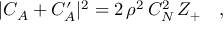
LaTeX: | C _ { A } + C _ { A } ^ { \prime } | ^ { 2 } = 2 \, \rho ^ { 2 } \, C _ { N } ^ { 2 } \, Z _ { + } \ \ \ ,